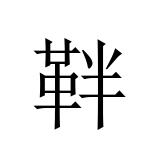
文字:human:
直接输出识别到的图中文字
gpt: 靽